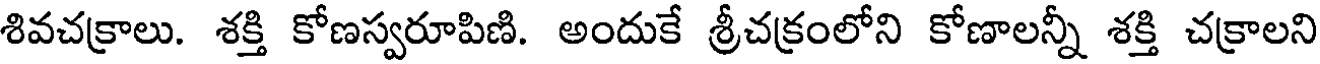
శివచక్రాలు. శక్తి కోణస్వరూపిణి. అందుకే శ్రీచక్రంలోని కోణాలన్నీ శక్తి చక్రాలని